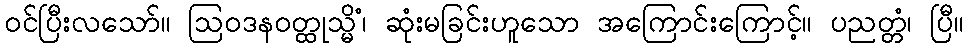
ဝင်ပြီးလသော်။ ဩဝဒနဝတ္ထုသ္မိံ၊ ဆုံးမခြင်းဟူသော အကြောင်းကြောင့်။ ပညတ္တံ၊ ပြီ။